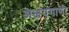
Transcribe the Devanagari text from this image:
अक्षयगाणी